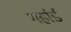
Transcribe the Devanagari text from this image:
गर्हार्ड